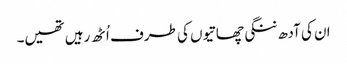
ان کی آدھ ننگی چھاتیوں کی طرف اُٹھ رہیں تھیں۔